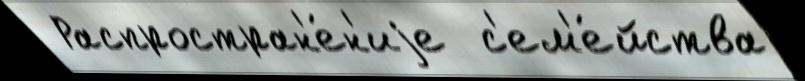
 Распростран'е́н'иjе  с'ем'е́йства